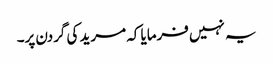
یہ نہیں فرمایا کہ مرید کی گردن پر۔